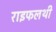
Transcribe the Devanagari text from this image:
राइफलथी